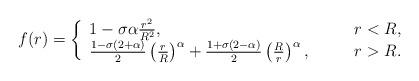
LaTeX: \begin{align*}f(r) = \left\{ \begin{array}{ll}1 - \sigma\alpha\frac{r^2}{R^2}, & \qquad r<R, \\\frac{1-\sigma(2+\alpha)}{2}\left(\frac{r}{R}\right)^\alpha +\frac{1+\sigma(2-\alpha)}{2}\left(\frac{R}{r}\right)^\alpha,& \qquad r>R.\end{array} \right.\end{align*}